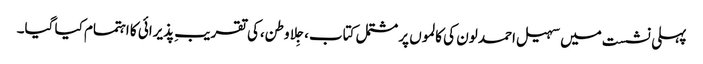
پہلی نشست میں سہیل احمد لون کی کالموں پر مشتمل کتاب،جِلا وطن،کی تقریبِ پذیرائی کا اہتمام کیا گیا۔